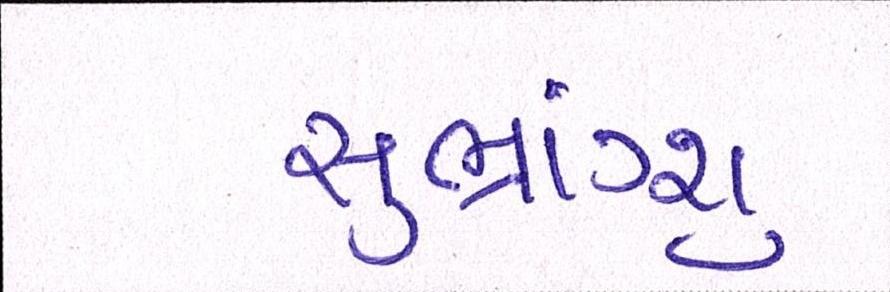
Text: સુભ્રાંગ્શુ